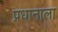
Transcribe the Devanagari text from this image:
प्रधानाला